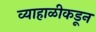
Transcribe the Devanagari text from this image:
व्याहाळीकडून